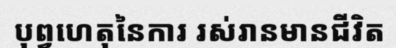
បុព្វហេតុនៃការ រស់រានមានជីវិត